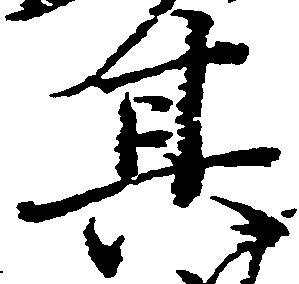
其